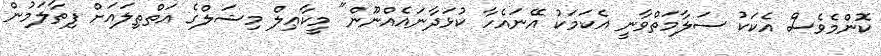
ކޮންމެވެސް އެކަކު ސަލާމަތްވާނީ އެކަމަކު އޭނައެހާ ކުޅަދާނައެއްނޫން" މީކާޢިލް މިޝަލްގެ އަތްތިލައަށް ފިތާލަމުން